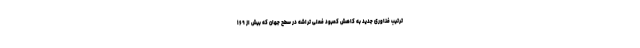
ترتیب فناوری جدید به کاهش کمبود فعلی تراشه در سطح جهان که بیش از ۱۶۹